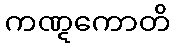
ကဏ္ဋကောတိ